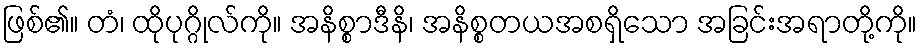
ဖြစ်၏။ တံ၊ ထိုပုဂ္ဂိုလ်ကို။ အနိစ္စာဒီနိ၊ အနိစ္စတယအစရှိသော အခြင်းအရာတို့ကို။